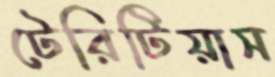
টেরিটিয়াস